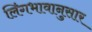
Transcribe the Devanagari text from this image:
लिंगभावानुसार